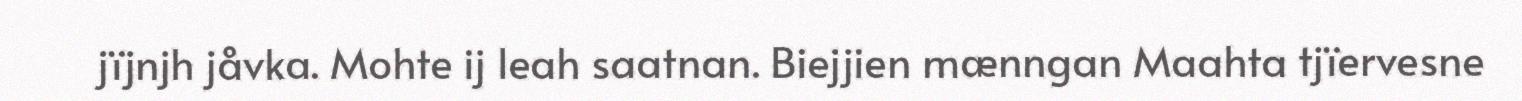
jïjnjh jåvka. Mohte ij leah saatnan. Biejjien mænngan Maahta tjïervesne